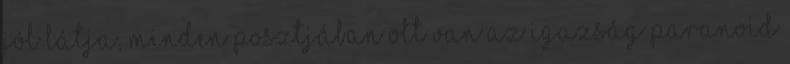
jól látja, minden posztjában ott van az igazság paranoid